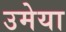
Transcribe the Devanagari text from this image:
उमेया